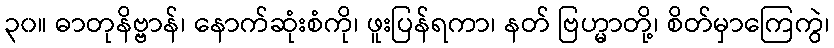
၃၀။ ဓာတုနိဗ္ဗာန်၊ နောက်ဆုံးစံကို၊ ဖူးပြန်ရကာ၊ နတ် ဗြဟ္မာတို့၊ စိတ်မှာကြေကွဲ၊